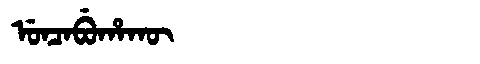
Manchu: ᡠᠨᠴᠠᠪᡠᡥᠠᡴᡡ
Romanization: UNCABUHAKŪ